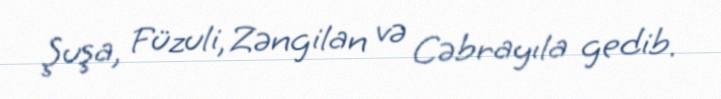
Şuşa, Füzuli, Zəngilan və Cəbrayıla gedib.